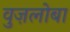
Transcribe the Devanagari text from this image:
वुज़लोबा